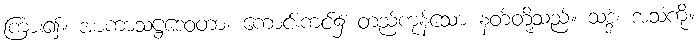
ကြား၍။ အာကာသဋ္ဌဒေဝတာ၊ ကောင်းကင်၌ တည်ကုန်သော နတ်တို့သည်။ သဒ္ဒံ၊ အသံကို။